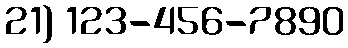
21) 123-456-7890